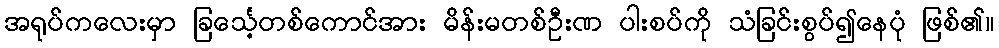
အရုပ်ကလေးမှာ ခြင်္သေ့တစ်ကောင်အား မိန်းမတစ်ဦးဏ ပါးစပ်ကို သံခြင်းစွပ်၍နေပုံ ဖြစ်၏။